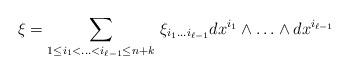
LaTeX: \begin{align*} \xi = \sum_{1\leq i_1 < \ldots < i_{\ell-1}\leq n+k} \, \xi_{i_1\ldots i_{\ell-1}}dx^{i_1} \wedge \ldots \wedge dx^{i_{\ell-1}} \end{align*}